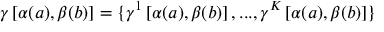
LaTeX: \gamma \left[ \alpha ( a ) , \beta ( b ) \right] = \{ \gamma ^ { 1 } \left[ \alpha ( a ) , \beta ( b ) \right] , . . . , \gamma ^ { K } \left[ \alpha ( a ) , \beta ( b ) \right] \}